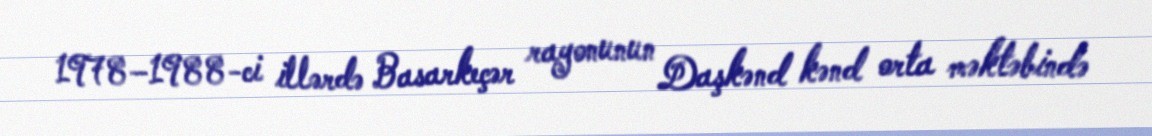
1978–1988-ci illərdə Basarkeçər rayonunun Daşkənd kənd orta məktəbində